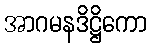
အာဂမနဒိဋ္ဌိကော